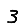
Digit: 3